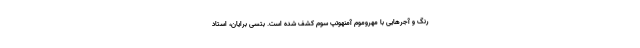
رنگ و آجر‌هایی با مُهروموم آمنهوتپ سوم کشف شده است. بتسی برایان، استاد